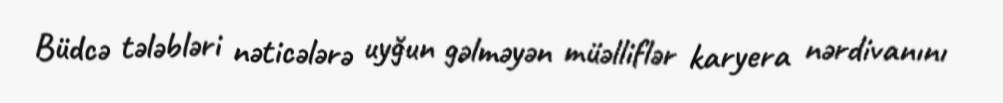
Büdcə tələbləri nəticələrə uyğun gəlməyən müəlliflər karyera nərdivanını